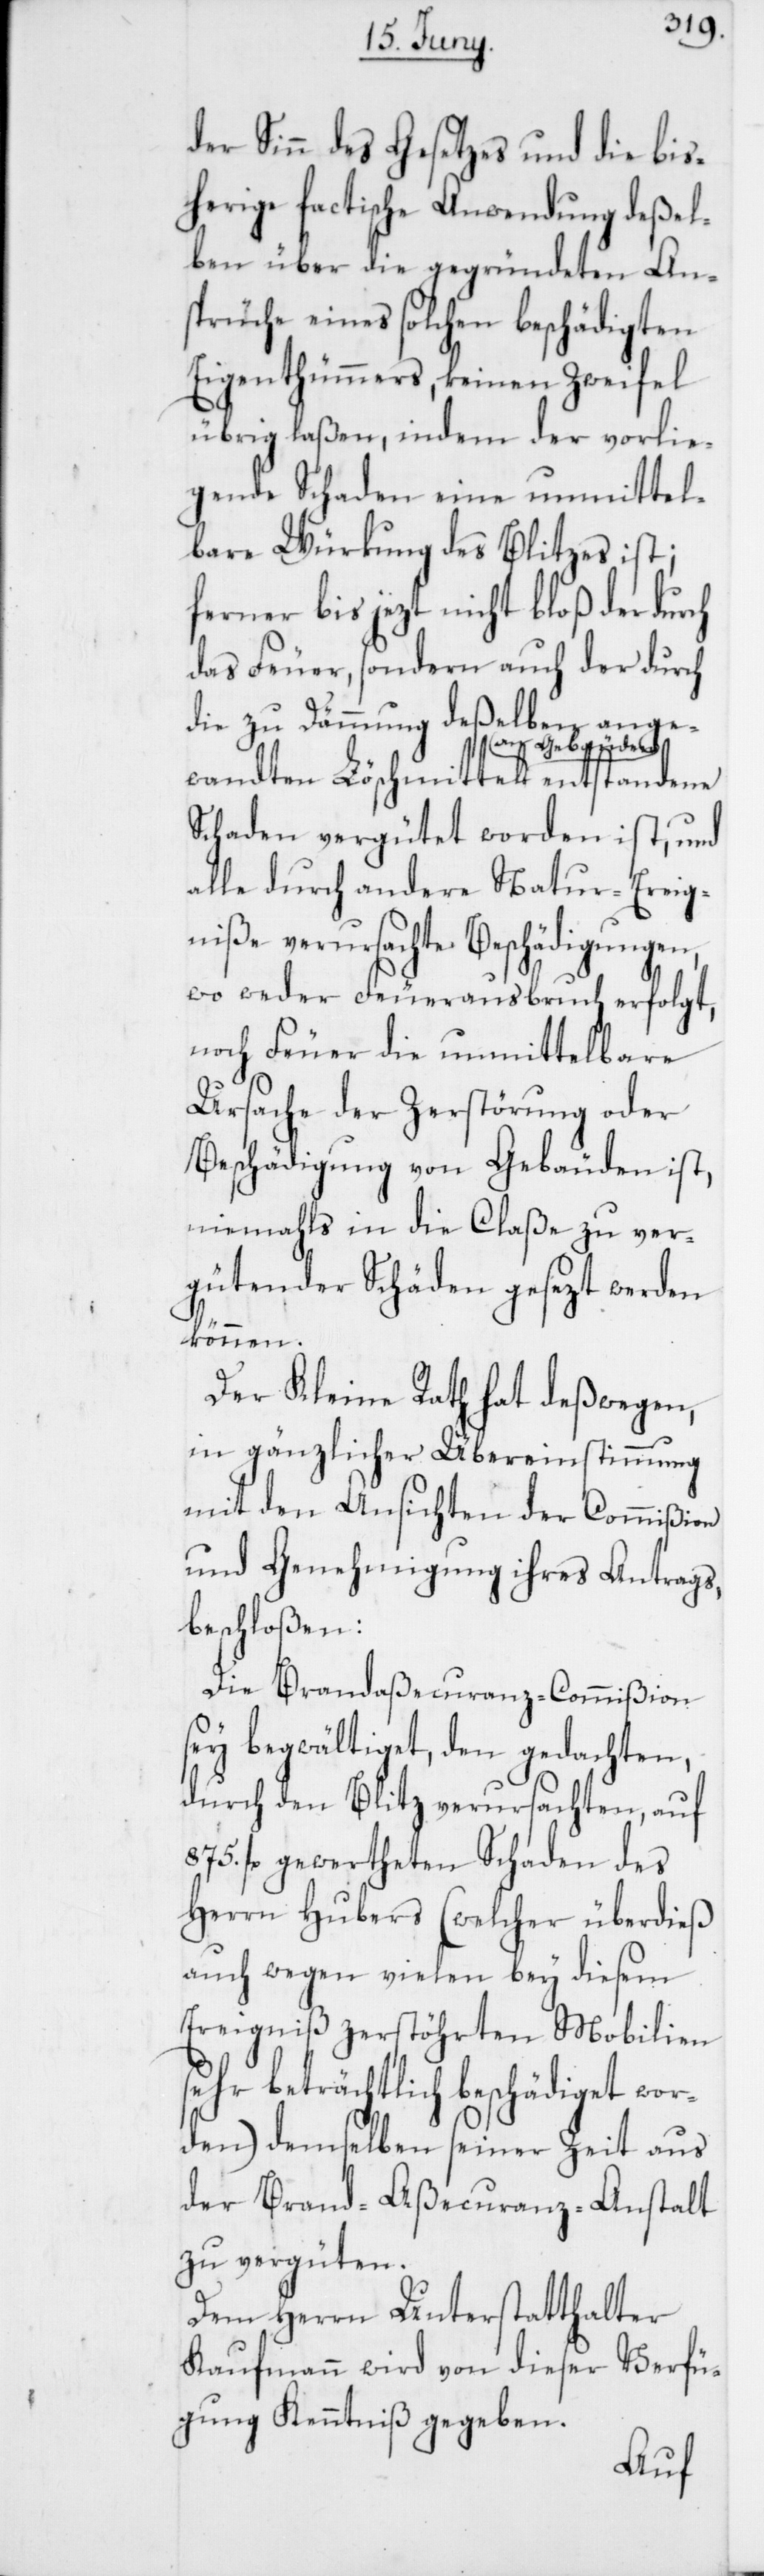
der Sinn des Gesetzes und die bis¬
herige factische Anwendung deßel¬
ben über die gegründeten An¬
sprüche eines solchen beschädigten
Eigenthümmers, keinen Zweifel
übrig laßen, indem der vorlie¬
gende Schaden eine unmittel¬
bare Würkung des Blitzes ist;
ferner bis jezt nicht bloß der durch
das Feuer, sondern auch der durch
die zu Dämmung deßelben ange¬
wandten Löschmittel an Gebäuden
Schaden vergütet worden ist, und
alle durch andere Natur-Ereig¬
niße verursachte Beschädigungen,
wo weder Feuerausbruch erfolgt,
noch Feuer die unmittelbare
Ursache der Zerstörung oder
Beschädigung von Gebäuden ist,
niemahls in die Claße zu ver¬
gütender Schäden gesezt werden
können.
Der Kleine Rath hat deßwegen,
in gänzlicher Übereinstimmung
mit den Ansichten der Commißion
und Genehmigung ihres Antrags,
beschloßen:
Die Brandaßecuranz-Commißion
sey begwältiget, den gedachten,
durch den Blitz verursachten, auf
875. fl. gewertheten Schaden des
Herrn Hubers (welcher überdieß
auch wegen vielen bey diesem
Ereigniß zerstörten Mobilien
sehr beträchtlich beschädiget wor¬
den) demselben seiner Zeit aus
der Brand-Aßecuranz-Anstalt
zu vergüten.
Dem Herrn Unterstatthalter
Kaufmann wird von dieser Verfü¬
gung Kenntniß gegeben.